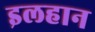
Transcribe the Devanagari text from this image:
इलहान